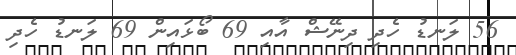
56 ލަނޑު ހެދި ދިނޭޝް އާއި 69 ބޯޅައިން 69 ލަނޑު ހެދި